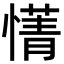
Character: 𫻄